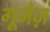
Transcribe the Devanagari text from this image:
गूजेज़